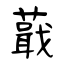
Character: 蕺